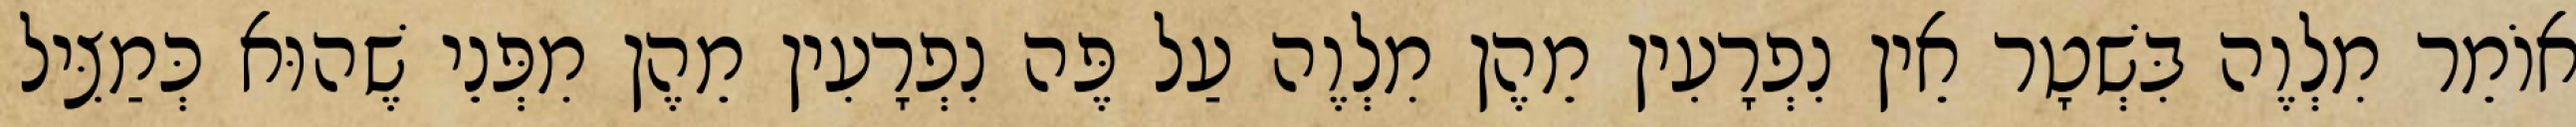
אוֹמֵר מִלְוֶה בִּשְׁטָר אֵין נִפְרָעִין מֵהֶן מִלְוֶה עַל פֶּה נִפְרָעִין מֵהֶן מִפְּנֵי שֶׁהוּא כְּמַצִּיל